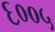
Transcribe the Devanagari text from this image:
६००५